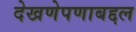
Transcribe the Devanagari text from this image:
देखणेपणाबद्दल